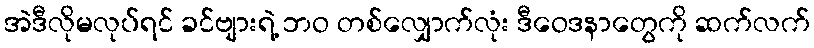
အဲဒီလိုမလုပ်ရင် ခင်ဗျားရဲ့ ဘဝ တစ်လျှောက်လုံး ဒီဝေဒနာတွေကို ဆက်လက်